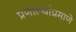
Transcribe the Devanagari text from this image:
प्रणाल्यांप्रमाणे